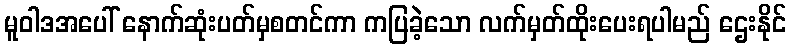
မူဝါဒအပေါ် နောက်ဆုံးပတ်မှစတင်ကာ ကပြခဲ့သော လက်မှတ်ထိုးပေးရပါမည် ဌေးနိုင်